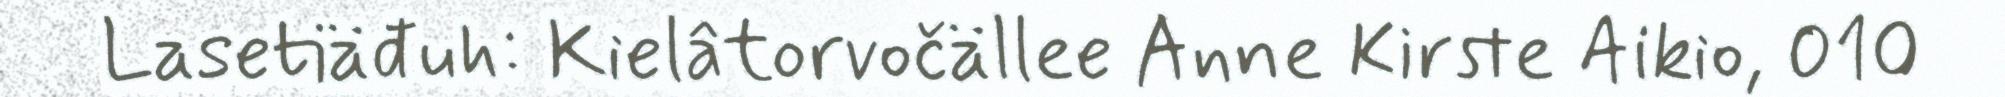
Lasetiäđuh: Kielâtorvočällee Anne Kirste Aikio, 010